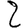
Digit: 2